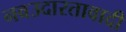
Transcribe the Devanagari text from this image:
नवउदारतावादी